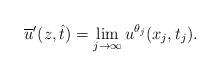
LaTeX: \begin{align*} \overline{u}'(z,\hat{t})=\lim_{j \to \infty} u^{\theta_j}(x_j,t_j). \end{align*}